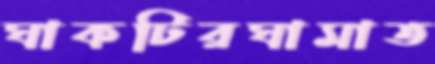
ঘাকটিরঘামাত